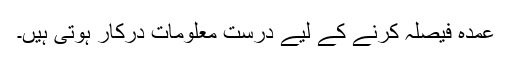
عمدہ فیصلہ کرنے کے لیے درست معلومات درکار ہوتی ہیں۔